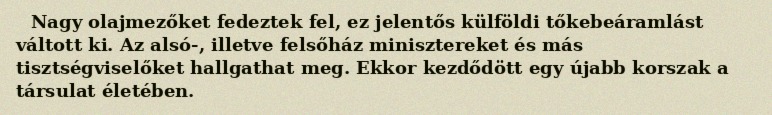
Nagy olajmezőket fedeztek fel, ez jelentős külföldi tőkebeáramlást váltott ki. Az alsó-, illetve felsőház minisztereket és más tisztségviselőket hallgathat meg. Ekkor kezdődött egy újabb korszak a társulat életében.